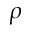
\rho